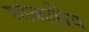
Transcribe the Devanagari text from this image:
शांकवीय